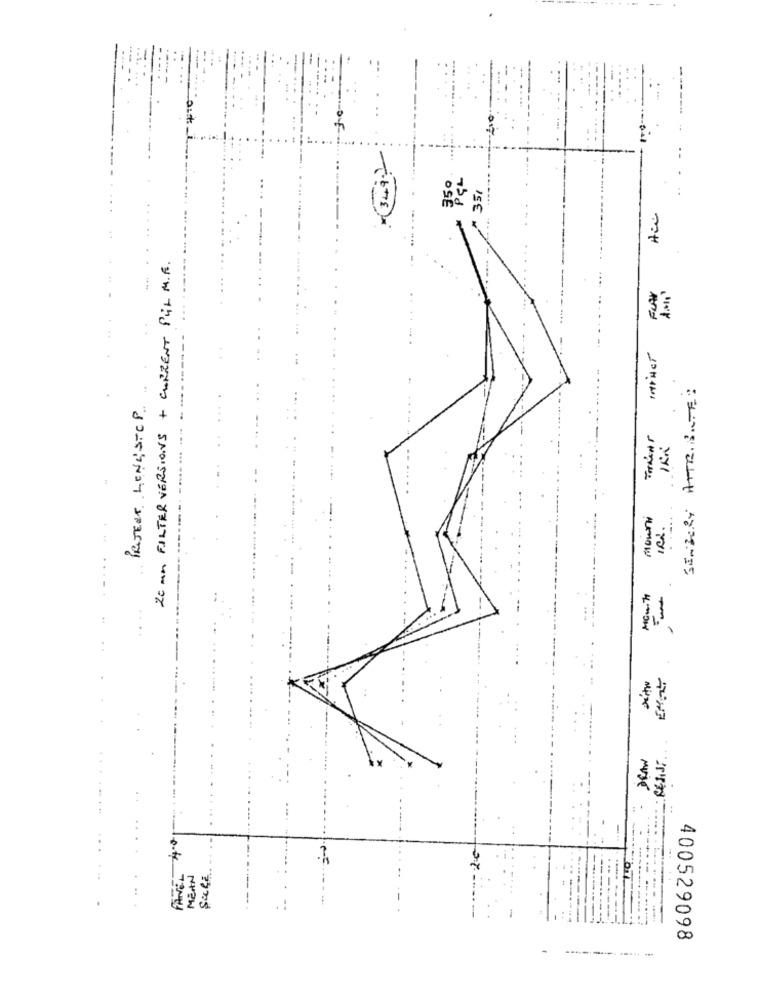
349.2
..
350
35,
20 mn FILTER VERSIONS + CURRENT PUL M.E.
FLAN
-- -
SENZORY ATTRISTE:
PROJECT LENGSTOP
Mount
13
Mow. 7
-
. .
...
2.0
....
.. .
PANEL
MEAN
Sachi
400529098
-------